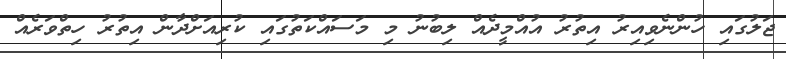
ޖަލުގައި ހުންނެވިއިރު އިތުރު އުއްމީދެއް ލިބުނު މި މަސައްކަތުގައި ކުރިއަށްދާން އިތުރު ހިތްވަރެއް